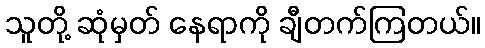
သူတို့ ဆုံမှတ် နေရာကို ချီတက်ကြတယ်။